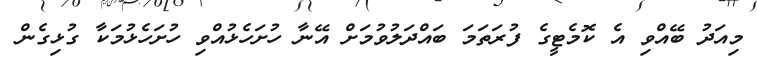
މިއަދު ބޭއްވި އެ ކޮމެޓީގެ ފުރަތަމަ ބައްދަލުވުމަށް އޭނާ ހުށަހެޅުއްވި ހުށަހެޅުމަކާ ގުޅިގެން